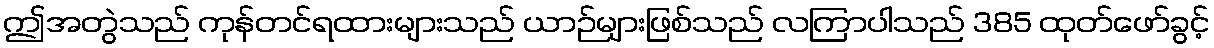
ဤအတွဲသည် ကုန်တင်ရထားများသည် ယာဉ်များဖြစ်သည် လကြာပါသည် 385 ထုတ်ဖော်ခွင့်